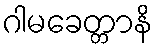
ဂါမခေတ္တာနိ